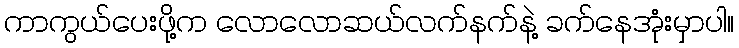
ကာကွယ်ပေးဖို့က လောလောဆယ်လက်နက်နဲ့ ခက်နေအုံးမှာပါ။